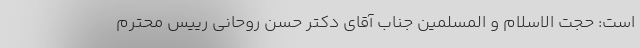
است: حجت الاسلام و المسلمین جناب آقای دکتر حسن روحانی رییس محترم